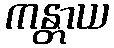
ကန္တာယ